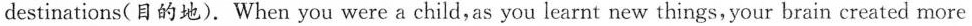
destinations（目的地）.When you were a child, as you learnt new things, your brain created more